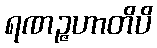
ရဏဉ္ဇဟာတိပိ